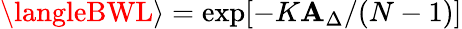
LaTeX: \langleBWL\rangle=\exp[-K\mathbf{A}_{\Delta}/(N-1)]